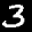
Label: 3